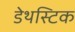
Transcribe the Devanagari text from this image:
डेथस्टिक